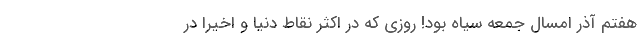
هفتم آذر امسال جمعه سیاه بود! روزی که در اکثر نقاط دنیا و اخیرا در